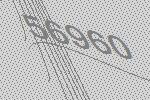
56960